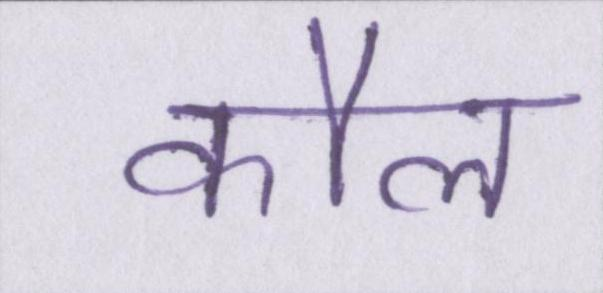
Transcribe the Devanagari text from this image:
कौल